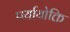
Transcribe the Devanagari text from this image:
पर्यायोक्ति